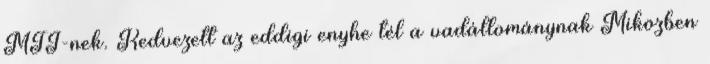
MTI-nek. Kedvezett az eddigi enyhe tél a vadállománynak Miközben